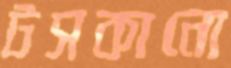
টসকানো